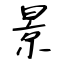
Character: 景